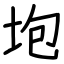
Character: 垉